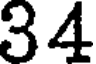
34